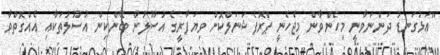
"އަޅުގަނޑު ދަންނަވާނީ މިހެންވާން މިޖެހެނީ ޕްރޮފެޝަނަލްކޮށް ވިޔަފާރީގެ އުސޫލުން ބޭންކިން އުސޫލުތަކާއި އެއްގޮތްވާ